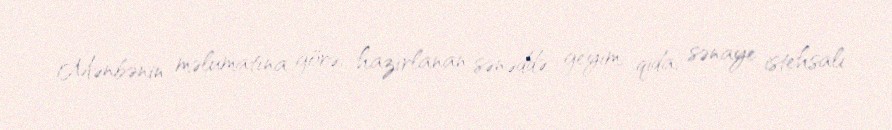
Mənbənin məlumatına görə, hazırlanan sənəddə geyim, qida, sənaye istehsalı